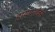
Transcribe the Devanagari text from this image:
हायपरटेक्स